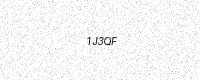
Text: 1J3QF